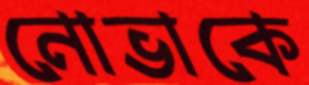
নোভাকে